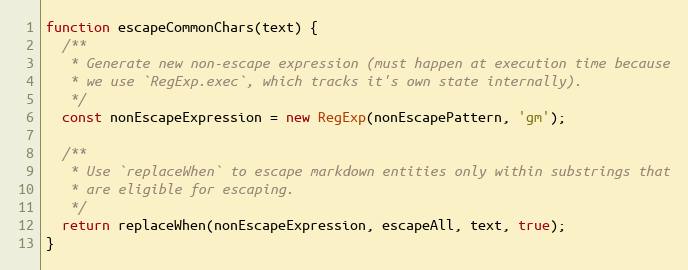
Language: JavaScript
function escapeCommonChars(text) {
  /**
   * Generate new non-escape expression (must happen at execution time because
   * we use `RegExp.exec`, which tracks it's own state internally).
   */
  const nonEscapeExpression = new RegExp(nonEscapePattern, 'gm');

  /**
   * Use `replaceWhen` to escape markdown entities only within substrings that
   * are eligible for escaping.
   */
  return replaceWhen(nonEscapeExpression, escapeAll, text, true);
}